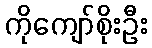
ကိုကျော်စိုးဦး